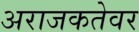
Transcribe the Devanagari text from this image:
अराजकतेवर